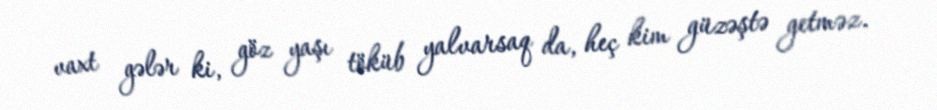
vaxt gələr ki, göz yaşı töküb yalvarsaq da, heç kim güzəştə getməz.